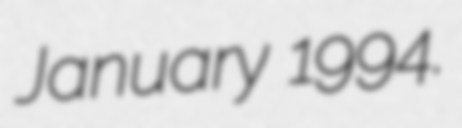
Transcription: January 1994.